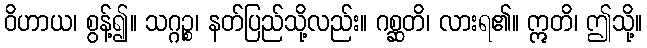
ဝိဟာယ၊ စွန့်၍။ သဂ္ဂဉ္စ၊ နတ်ပြည်သို့လည်း။ ဂစ္ဆတိ၊ လားရ၏။ ဣတိ၊ ဤသို့။